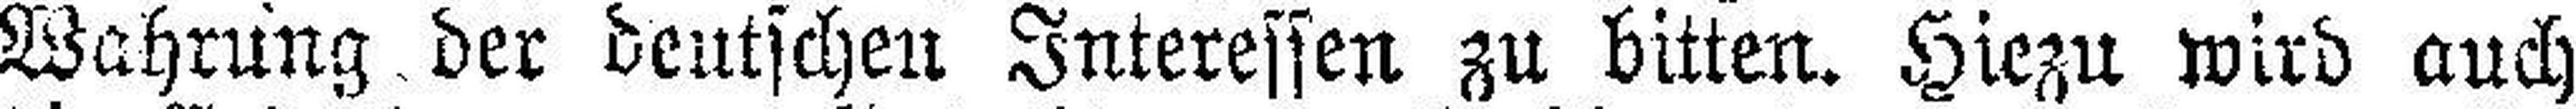
Wahrung der deutschen Interessen zu bitten. Hiezu wird auch